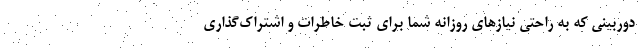
دوربینی که به راحتی نیازهای روزانه شما برای ثبت خاطرات و اشتراک‌گذاری